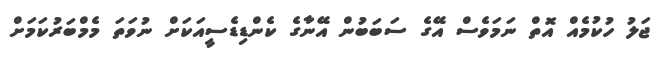
ޖަލު ހުކުމެއް އޮތް ނަމަވެސް އޭގެ ސަބަބުން އޭނާގެ ކެންޑިޑެސީއަކަށް ނުވަތަ މެމްބަރުކަމަށް